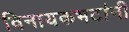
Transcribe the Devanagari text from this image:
विनायकभटांनी